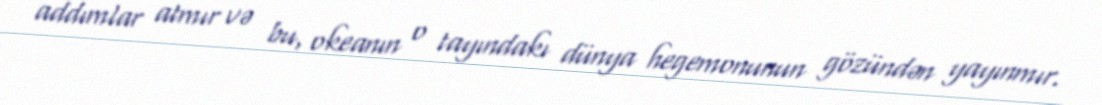
addımlar atmır və bu, okeanın o tayındakı dünya hegemonunun gözündən yayınmır.